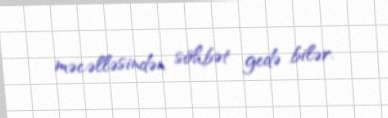
məcəlləsindən söhbət gedə bilər.